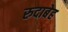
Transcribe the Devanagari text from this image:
रुदाबेह